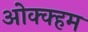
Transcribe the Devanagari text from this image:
ओक्क्हम